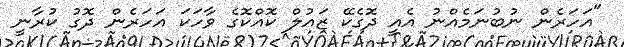
"އަހަރެން ނުބުނަމެއްނު އެއީ ދޮގެކޭ ޒައުލް ކޮއްކޮގެ ވާހަކަ އަހަރެން ދޮގު ކުރާނީ